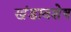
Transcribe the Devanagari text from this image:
खंडावशेष